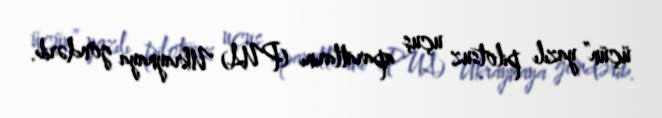
üçün” yazılı pilotsuz uçuş aparatlarını (PUA) Ukraynaya göndərib.